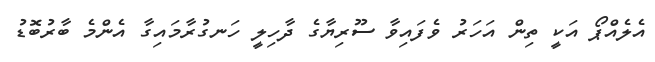
އެލެއްޕޯ އަކީ ތިން އަހަރު ވެފައިވާ ސޫރިޔާގެ ދާހިލީ ހަނގުރާމައިގާ އެންމެ ބާރުބޮޑު